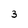
Character: 3